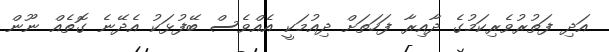
އަދި ފަތުރުވެރިކަމުގެ ދާއިރާ ފަހަތަށް ދިއުމަކީ އެއްވެސް ބޭފުޅަކު އެދޭނެ ގޮތެއް ނޫން